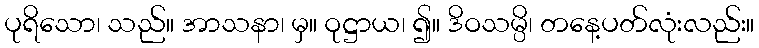
ပုရိသော၊ သည်။ အာသနာ၊ မှ။ ဝုဋ္ဌာယ၊ ၍။ ဒိဝသမ္ပိ၊ တနေ့ပတ်လုံးလည်း။